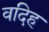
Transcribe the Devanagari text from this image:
वदिह